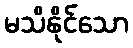
မသိနိုင်သော